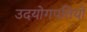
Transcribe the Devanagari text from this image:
उदयोगपतियों